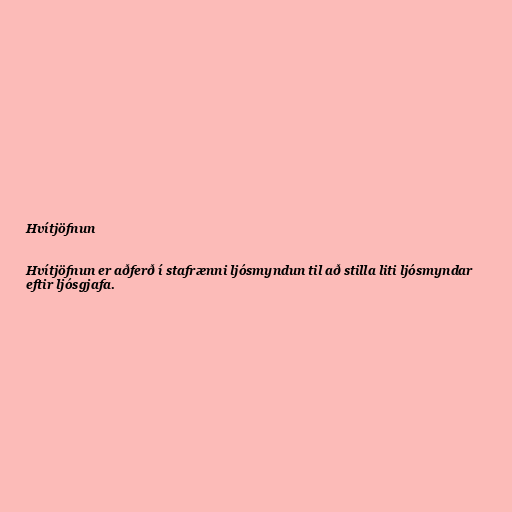
Hvítjöfnun

Hvítjöfnun er aðferð í stafrænni ljósmyndun til að stilla liti ljósmyndar
eftir ljósgjafa.